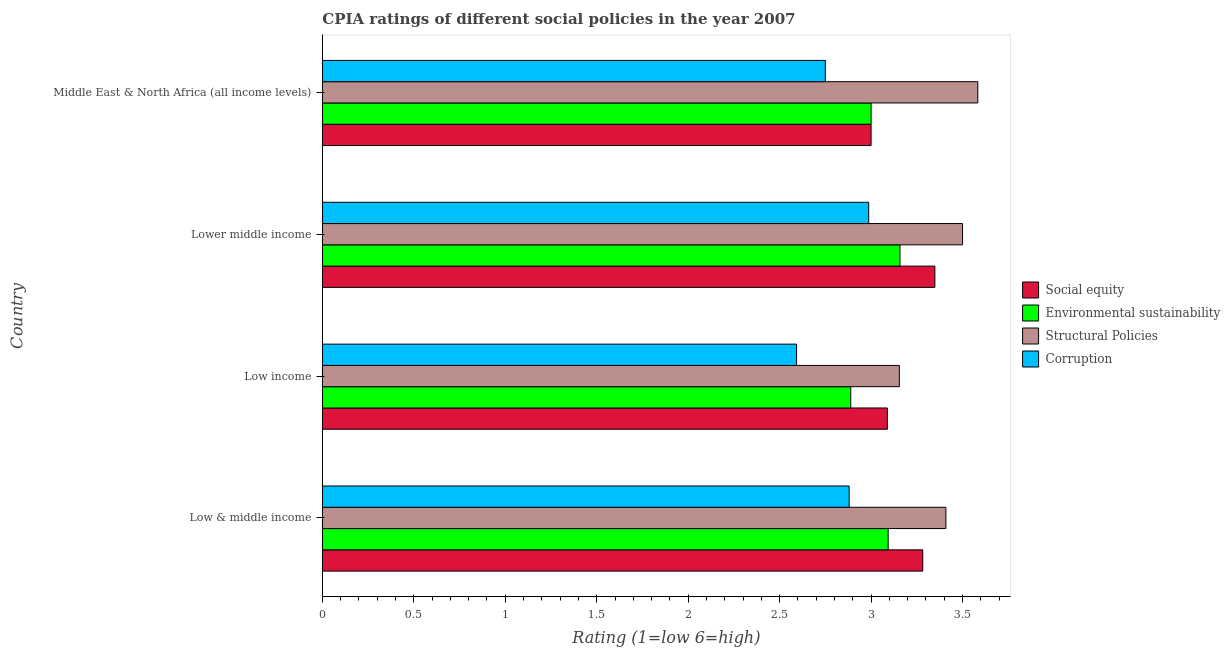
| Country | Social equity | Environmental sustainability | Structural Policies | Corruption |
 | --- | --- | --- | --- | --- |
 | Low & middle income | 3.28 | 3.09 | 3.41 | 2.88 |
 | Low income | 3.09 | 2.89 | 3.15 | 2.59 |
 | Lower middle income | 3.35 | 3.16 | 3.5 | 2.99 |
 | Middle East & North Africa (all income levels) | 3 | 3 | 3.58 | 2.75 |